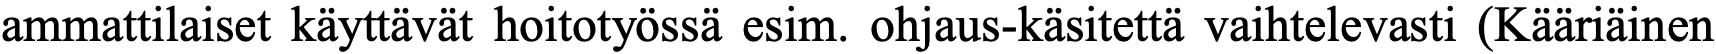
ammattilaiset käyttävät hoitotyössä esim. ohjaus-käsitettä vaihtelevasti (Kääriäinen